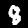
Digit: 8